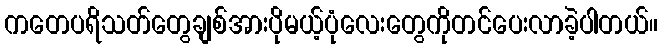
ကတေပရိသတ်တွေချစ်အားပိုမယ့်ပုံလေးတွေကိုတင်ပေးလာခဲ့ပါတယ်။